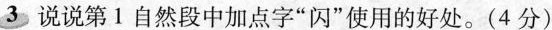
3说说第1自然段中加点字”闪”使用的好处。(4分)